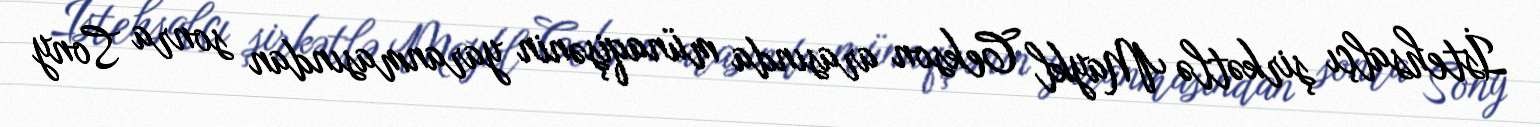
İstehsalçı şirkətlə Maykl Cekson arasında münaqişənin yaranmasından sonra Sony